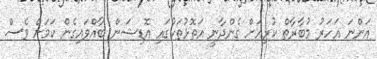
އަންނަ އަހަރު މުބާރާތް ކުރިއަށް ގެންދާނީ އަތޮޅުތަކުގައި އޮޑިޝަން ބާއްވައިގެން ކަމަށް ވެސް